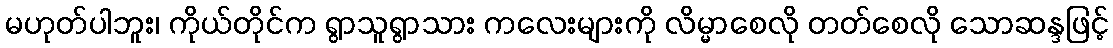
မဟုတ်ပါဘူး၊ ကိုယ်တိုင်က ရွာသူရွာသား ကလေးများကို လိမ္မာစေလို တတ်စေလို သောဆန္ဒဖြင့်